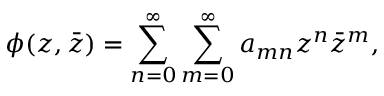
\phi ( z , \bar { z } ) = \sum _ { n = 0 } ^ { \infty } \sum _ { m = 0 } ^ { \infty } a _ { m n } z ^ { n } \bar { z } ^ { m } ,